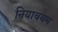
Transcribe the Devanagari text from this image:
नियाबयम